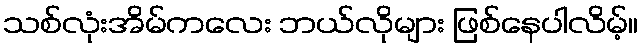
သစ်လုံးအိမ်ကလေး ဘယ်လိုများ ဖြစ်နေပါလိမ့်။